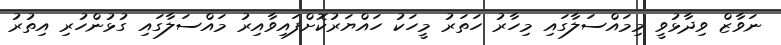
ނަވާޒް ވިދާޅުވީ މިމައްސަލާގައި މިހާރު ހަތަރު މީހަކު ހައްޔަރުކޮށްފައިވާއިރު މައްސަލާގައި ގުޅުންހުރި އިތުރު